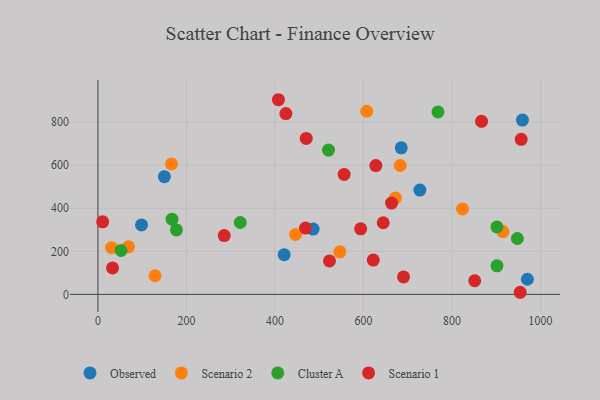
{"axis": {"x": "Experience", "y": "Rating"}, "legend": ["Cluster A", "Observed", "Scenario 1", "Scenario 2"], "data": [{"x": "98.5", "y": 322.6, "type": "Observed"}, {"x": "685.3", "y": 680.1, "type": "Observed"}, {"x": "959.1", "y": 809.0, "type": "Observed"}, {"x": "420.8", "y": 184.2, "type": "Observed"}, {"x": "970.3", "y": 70.3, "type": "Observed"}, {"x": "486.3", "y": 303.3, "type": "Observed"}, {"x": "727.4", "y": 484.3, "type": "Observed"}, {"x": "150.1", "y": 546.2, "type": "Observed"}, {"x": "68.9", "y": 220.8, "type": "Scenario 2"}, {"x": "823.7", "y": 396.5, "type": "Scenario 2"}, {"x": "607.4", "y": 850.2, "type": "Scenario 2"}, {"x": "166.2", "y": 605.7, "type": "Scenario 2"}, {"x": "30.8", "y": 217.0, "type": "Scenario 2"}, {"x": "672.1", "y": 447.1, "type": "Scenario 2"}, {"x": "546.5", "y": 197.5, "type": "Scenario 2"}, {"x": "915.1", "y": 291.4, "type": "Scenario 2"}, {"x": "129.1", "y": 86.5, "type": "Scenario 2"}, {"x": "683.1", "y": 598.3, "type": "Scenario 2"}, {"x": "446.4", "y": 278.0, "type": "Scenario 2"}, {"x": "520.9", "y": 669.8, "type": "Cluster A"}, {"x": "321.6", "y": 333.7, "type": "Cluster A"}, {"x": "52.2", "y": 203.8, "type": "Cluster A"}, {"x": "947.7", "y": 259.5, "type": "Cluster A"}, {"x": "901.7", "y": 132.7, "type": "Cluster A"}, {"x": "177.4", "y": 299.0, "type": "Cluster A"}, {"x": "901.5", "y": 313.0, "type": "Cluster A"}, {"x": "768.3", "y": 846.9, "type": "Cluster A"}, {"x": "167.4", "y": 349.1, "type": "Cluster A"}, {"x": "954.0", "y": 9.8, "type": "Scenario 1"}, {"x": "407.8", "y": 903.6, "type": "Scenario 1"}, {"x": "424.6", "y": 839.2, "type": "Scenario 1"}, {"x": "956.3", "y": 719.8, "type": "Scenario 1"}, {"x": "470.6", "y": 723.9, "type": "Scenario 1"}, {"x": "627.9", "y": 597.8, "type": "Scenario 1"}, {"x": "10.6", "y": 336.7, "type": "Scenario 1"}, {"x": "663.4", "y": 423.9, "type": "Scenario 1"}, {"x": "690.6", "y": 81.0, "type": "Scenario 1"}, {"x": "285.4", "y": 273.0, "type": "Scenario 1"}, {"x": "866.8", "y": 803.5, "type": "Scenario 1"}, {"x": "622.1", "y": 159.3, "type": "Scenario 1"}, {"x": "523.2", "y": 155.4, "type": "Scenario 1"}, {"x": "593.6", "y": 304.4, "type": "Scenario 1"}, {"x": "33.0", "y": 122.9, "type": "Scenario 1"}, {"x": "851.3", "y": 63.3, "type": "Scenario 1"}, {"x": "644.6", "y": 332.6, "type": "Scenario 1"}, {"x": "469.0", "y": 307.6, "type": "Scenario 1"}, {"x": "556.3", "y": 556.7, "type": "Scenario 1"}]}